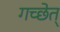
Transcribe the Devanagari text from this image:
गच्छेत्